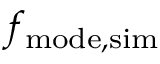
f _ { \mathrm { m o d e , s i m } }